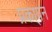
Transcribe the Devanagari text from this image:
प्रका्यन